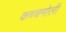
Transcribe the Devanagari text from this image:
कच्चमोली